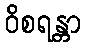
ဝိစရန္တာ